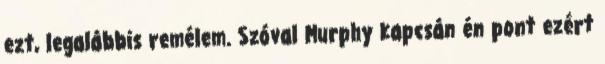
ezt, legalábbis remélem. Szóval Murphy kapcsán én pont ezért